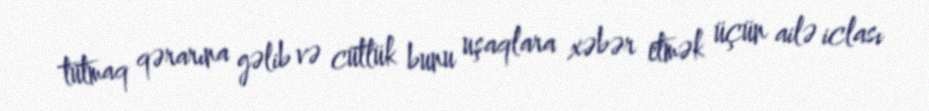
tutmaq qərarına gəlib və cütlük bunu uşaqlara xəbər etmək üçün ailə iclası